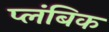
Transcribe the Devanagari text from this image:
प्लंबिक